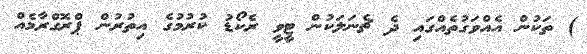
) ތަކުން އެއްވަގުތެއްގައި ދެ ޗެނަލަކުން ޓީވީ ރެކޯޑު ކުރުމުގެ އިތުރުން ޕްރޮގްރާމެއް